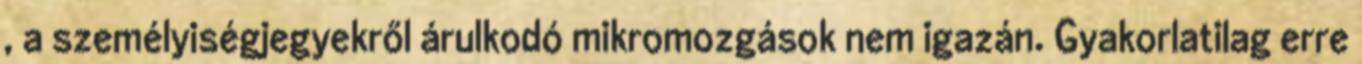
, a személyiségjegyekről árulkodó mikromozgások nem igazán. Gyakorlatilag erre